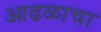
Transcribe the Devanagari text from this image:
आढळाचा